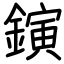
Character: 鏔